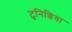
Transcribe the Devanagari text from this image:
टुनिशिया